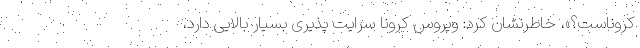
کروناست؟»، خاطرنشان کرد: ویروس کرونا سرایت پذیری بسیار بالایی دارد،